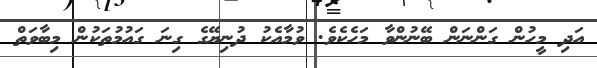
އަދި މީހުން ގަންނަން ބޭނުންވާ މަހެކެވެ. ވުމާއެކު ދުނިޔޭގެ ގިނަ ގައުމުތަކުން މިބާވަތް